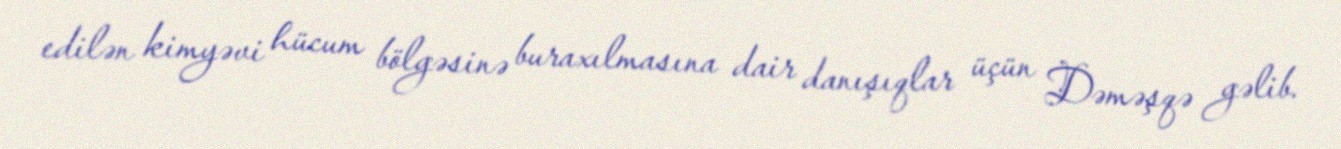
edilən kimyəvi hücum bölgəsinə buraxılmasına dair danışıqlar üçün Dəməşqə gəlib.